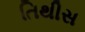
તિથીસ